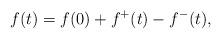
LaTeX: \begin{align*} f(t) = f(0) + f^+(t) - f^-(t),\end{align*}